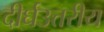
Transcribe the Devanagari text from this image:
दीर्घउत्तरीय